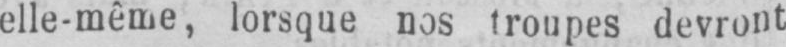
elle-même, lorsque nos troupes devront